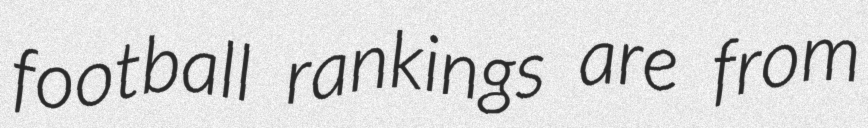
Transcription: football rankings are from